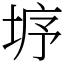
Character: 垿